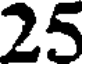
25